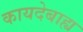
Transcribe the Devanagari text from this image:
कायदेबाह्य